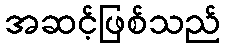
အဆင့်ဖြစ်သည်